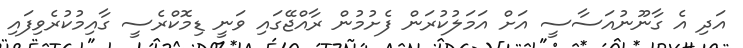
އަދި އެ ގާނޫނުއަސާސީ އަށް އަމަލުކުރަން ފެށުމުން ރާއްޖޭގައި ވަނީ ޑިމޮކްރެސީ ގާއިމުކުރެވިފައި